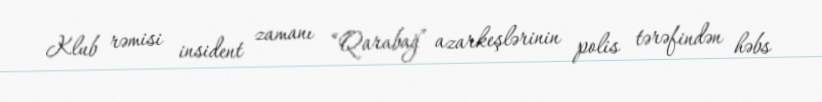
Klub rəmisi insident zamanı “Qarabağ” azarkeşlərinin polis tərəfindən həbs